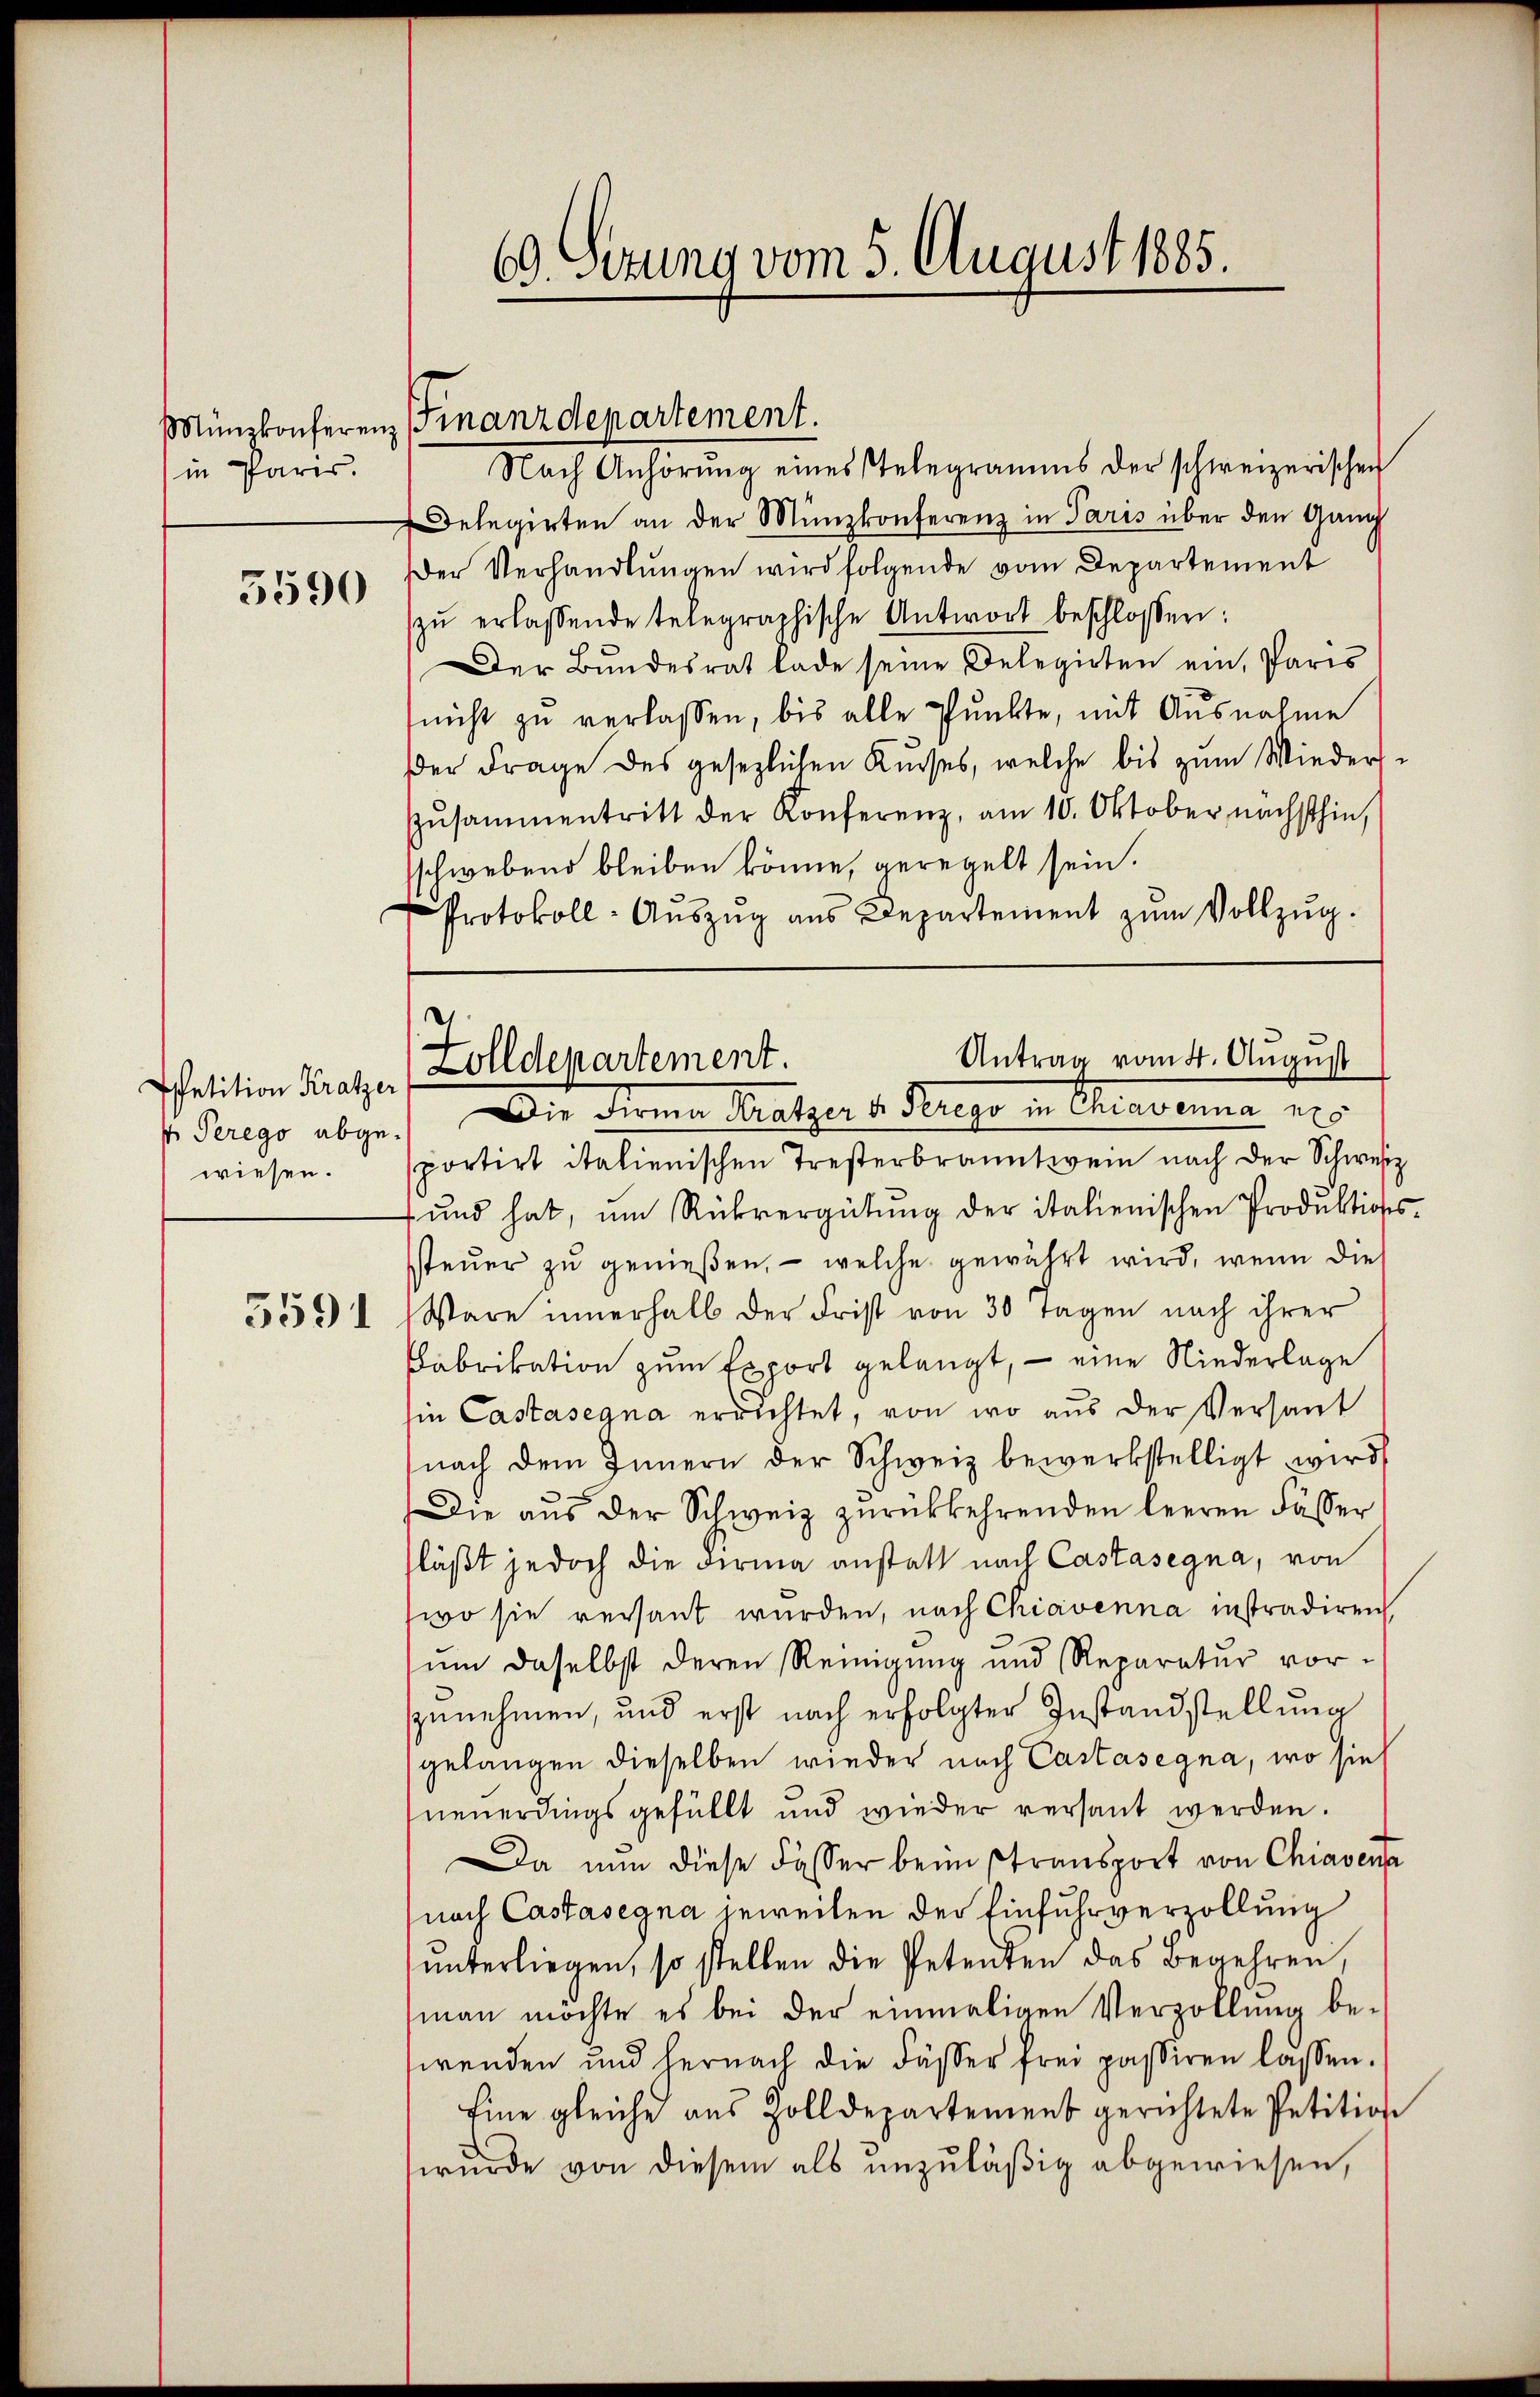
in Paris.

3590

5591

ppetition Kratzer
v Perego abgewiesen.

Nach Anhörŭng eines Telegramms der schweizerischen
Delegirten an der Münzkonferenz in Paris über den Gang
Der Verhandlungen wird folgende vom Departement
zŭ erlassende telegraphische Antwort beschlossen:
Der Bundesrat lade seine Delegirten ein, Paris
(nicht zu verlassen, bis alle Punkte, mit Ausnahme
Der Frage des gesezlichen Kurses, welche bis zum Wieders¬
Zŭsammentritt der Konferenz, am 10. Oktober nächsthin,
schwebend bleiben könne, geregelt sein.
Protokoll- Aŭszŭg aŭs Departement zŭm Vollzŭg.

Münzkonferen Finanzdepartement.

69 Sezung vom 5. August 1885.

Antrag vom 4. August
Zolldepartement.

Die Firma Kratzer u. Perego in Chiaverna pro
sportirt italienischen Tresterbranntwein nach der Schweiz
ŭnd hat, um Rückvergütŭng der italienischen Produktions-
steuer zu genießen, – welche gewährt wird, wenn die
Wäre innerhalb der Frist von 30 Tagen nach ihrer
Fabrikation zum Export gelangt, – eine Niederlage
sin Castasegna errichtet, von wo aus der Versant
nach dem Innern der Schweiz bewerkstelligt wird,
Die aŭs der Schweiz zŭrückkehrenden leeren Fässer
läßt jedoch die Firma anstatt nach Castasegna, von
wo sie versant wurden, nach Chiavenna instradiren,
sum daselbst deren Reinigung und Reparatur vor-
zunehmen, und erst nach erfolgter Instandstellung
gelangen dieselben wieder nach Castasegna, wo sie
neuerdingsgefüllt und wieder versant werden.
Da nun diese Fasser beim stransport von Chiavena
nach Castasegna jeweilen der Einfuhrverzollung
ŭnterliegen, so stellen die Petenten das Begehren,
man möchte es bei der einmaligen Verzöllung be-
wenden und hernach die Fässer frei passiren lassen.
Eine gleiche aus Zolldepartement gerichtete Petition
wurde von diesem als unzuläßig abgewiesen,